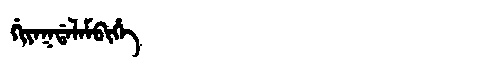
Manchu: ᡤᡳᠶᠠᡴᡩᠠᠯᠠᠮᠪᡳᡥᡝ
Romanization: GIYAKDALAMBIHE